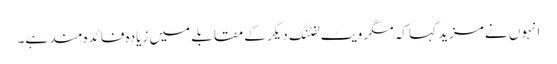
انہوں نے مزید کہا کہ مگر ویٹ لفٹنگ دیگر کے مقابلے میں زیادہ فائدہ مند ہے۔